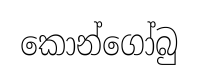
කොන්ගෝබු